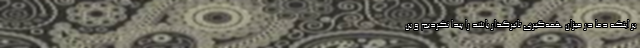
بر اینکه دما در میزان همه‌گیری تاثیرگذار باشد را پیدا نکردیم و بن